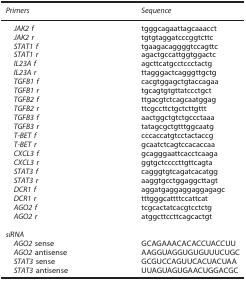
<table><thead><tr><td><b><i>Primers</i></b></td><td><b><i>Sequence</i></b></td></tr></thead><tbody><tr><td><i> JAK2 f</i></td><td>tgggcagaattagcaaacct</td></tr><tr><td><i> JAK2 r</i></td><td>tgtgtaggatcccggtcttc</td></tr><tr><td><i> STAT1 f</i></td><td>tgaagacaggggtccagttc</td></tr><tr><td><i> STAT1 r</i></td><td>agactgccattggtggactc</td></tr><tr><td><i> IL23A f</i></td><td>agcttcatgcctccctactg</td></tr><tr><td><i> IL23A r</i></td><td>ttagggactcagggttgctg</td></tr><tr><td><i> TGFB1 f</i></td><td>cacgtggagctgtaccagaa</td></tr><tr><td><i> TGFB1 r</i></td><td>tgcagtgtgttatccctgct</td></tr><tr><td><i> TGFB2 f</i></td><td>ttgacgtctcagcaatggag</td></tr><tr><td><i> TGFB2 r</i></td><td>ttcgccttctgctcttgttt</td></tr><tr><td><i> TGFB3 f</i></td><td>aactggctgtctgccctaaa</td></tr><tr><td><i> TGFB3 r</i></td><td>tatagcgctgtttggcaatg</td></tr><tr><td><i> T-BET f</i></td><td>cccaccatgtcctactaccg</td></tr><tr><td><i> T-BET r</i></td><td>gcaatctcagtccacaccaa</td></tr><tr><td><i> CXCL3 f</i></td><td>gcagggaattcacctcaaga</td></tr><tr><td><i> CXCL3 r</i></td><td>ggtgctccccttgttcagta</td></tr><tr><td><i> STAT3 f</i></td><td>cagggtgtcagatcacatgg</td></tr><tr><td><i> STAT3 r</i></td><td>aaggtgcctggaggcttagt</td></tr><tr><td><i> DCR1 f</i></td><td>aggatgaggaggaggagagc</td></tr><tr><td><i> DCR1 r</i></td><td>tttgggcattttccattcat</td></tr><tr><td><i> AGO2 f</i></td><td>tcgcactatcacgtcctctg</td></tr><tr><td><i> AGO2 r</i></td><td>atggcttccttcagcactgt</td></tr><tr><td> </td><td> </td></tr><tr><td colspan="2"><i>siRNA</i></td></tr><tr><td><i> AGO2</i> sense</td><td>GCAGAAACACACCUACCUU</td></tr><tr><td><i> AGO2</i> antisense</td><td>AAGGUAGGUGUGUUUCUGC</td></tr><tr><td><i> STAT3</i> sense</td><td>GCGUCCAGUUCACUACUAA</td></tr><tr><td><i> STAT3</i> antisense</td><td>UUAGUAGUGAACUGGACGC</td></tr></tbody></table>